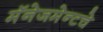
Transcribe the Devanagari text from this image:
मॅनेजमेन्टचे